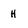
Character: H